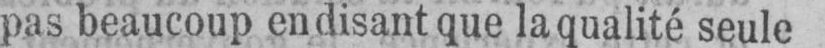
pas beaucoup en disant que la qualité seule